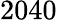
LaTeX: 2040